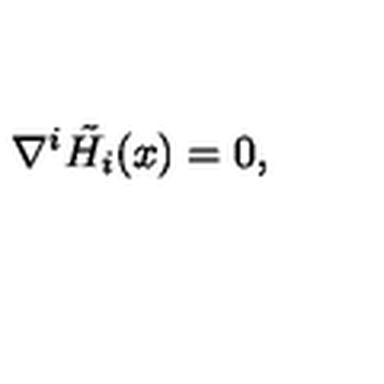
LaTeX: { \nabla } ^ { i } \tilde { H _ { i } } ( x ) = 0 ,